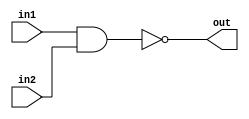
/*
    CS/ECE 552 Spring '20
    Homework #1, Problem 2

    2 input NAND
*/
module nand2 (in1,in2,out);
    input in1,in2;
    output out;
    assign out = ~(in1 & in2);
endmodule